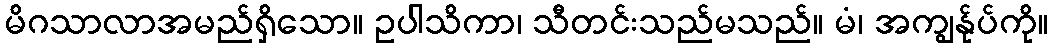
မိဂသာလာအမည်ရှိသော။ ဥပါသိကာ၊ သီတင်းသည်မသည်။ မံ၊ အကျွန်ုပ်ကို။